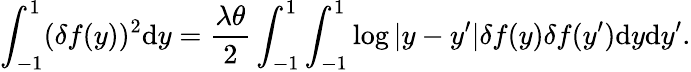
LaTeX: \int_{-1}^{1}(\delta f(y))^{2}\mathrm{d}y=\frac{\lambda\theta}{2}\int_{-1}^{1}\int_{-1}^{1}\log|y-y^{\prime}|\delta f(y)\delta f(y^{\prime})\mathrm{d}y\mathrm{d}y^{\prime}.